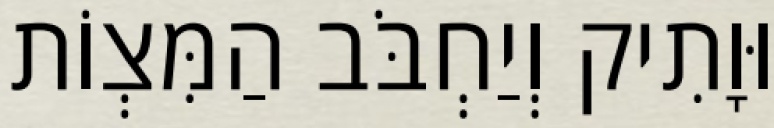
וּוָתִיק וְיַחְבֹּב הַמִּצְוֹת